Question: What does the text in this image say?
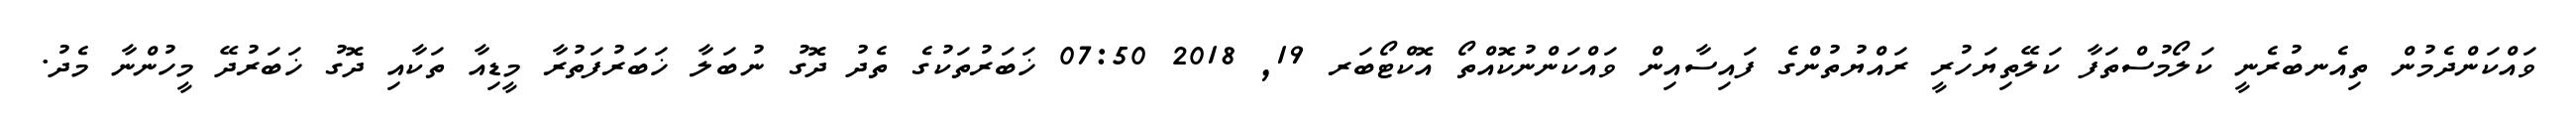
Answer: ވައްކަންދެމުން ތިއެނބުރެނީ ކަލޯމުސްތަފާ ކަލޭތިޔަހުރީ ރައްޔުތުންގެ ފައިސާއިން ވައްކަންނުކޮއްތޯ އޮކްޓޯބަރ 19, 2018 07:50 ޚަބަރުތަކުގެ ތެދު ދޮގު ނުބަލާ ޚަބަރުފަތުރާ މީޑިއާ ތަކާއި ދޮގު ޚަބަރުދޭ މީހުންނާ މެދު.